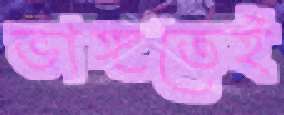
ভাঙ্গতেই